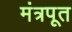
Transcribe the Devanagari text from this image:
मंत्रपूत